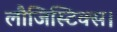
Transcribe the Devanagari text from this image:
लौजिस्टिक्स।